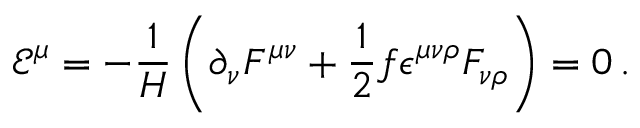
\mathcal { E } ^ { \mu } = - \frac { 1 } { H } \left( \partial _ { \nu } F ^ { \mu \nu } + \frac { 1 } { 2 } f \epsilon ^ { \mu \nu \rho } F _ { \nu \rho } \right) = 0 \, .